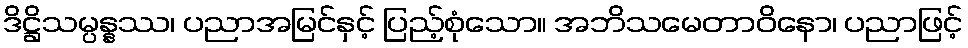
ဒိဋ္ဌိသမ္ပန္နဿ၊ ပညာအမြင်နှင့် ပြည့်စုံသော။ အဘိသမေတာဝိနော၊ ပညာဖြင့်